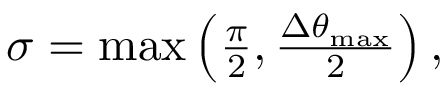
\begin{array} { r } { \sigma = \operatorname* { m a x } \left( \frac { \pi } { 2 } , \frac { \Delta \theta _ { \operatorname* { m a x } } } { 2 } \right) , } \end{array}